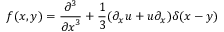
f ( x , y ) = { \frac { \partial ^ { 3 } } { { \partial x } ^ { 3 } } } + { \frac { 1 } { 3 } } ( \partial _ { x } u + u \partial _ { x } ) \delta ( x - y )